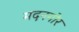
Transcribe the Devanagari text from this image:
मदनगोर